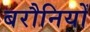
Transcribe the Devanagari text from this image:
बरौनियों